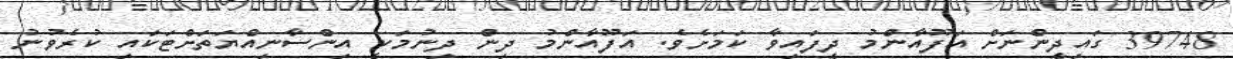
39748 ގައިދީންނަށް އަފޫއާންމު ދީފައިވާ ކަމަށެވެ. އަފޫއާންމު ދިން ދިނުމަކީ އިންސާނިއްޔަތަށްޓަކައި ކުރެވުނު